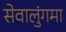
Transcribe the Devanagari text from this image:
सेवालुंगमा